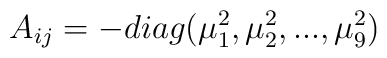
A_{ij} = - diag ( \mu _1^2, \mu _2 ^2,..., \mu _9^2)